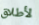
لأطلاق